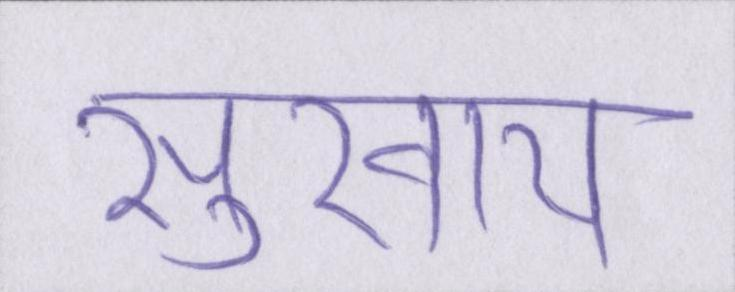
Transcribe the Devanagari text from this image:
सुखाय